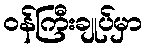
ဝန်ကြီးချုပ်မှာ